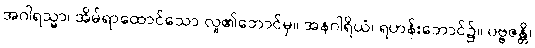
အဂါရသ္မာ၊ အိမ်ရာထောင်သော လူ၏ဘောင်မှ။ အနဂါရိယံ၊ ရဟန်းဘောင်၌။ ပဗ္ဗဇန္တိ၊